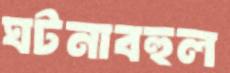
ঘটনাবহুল